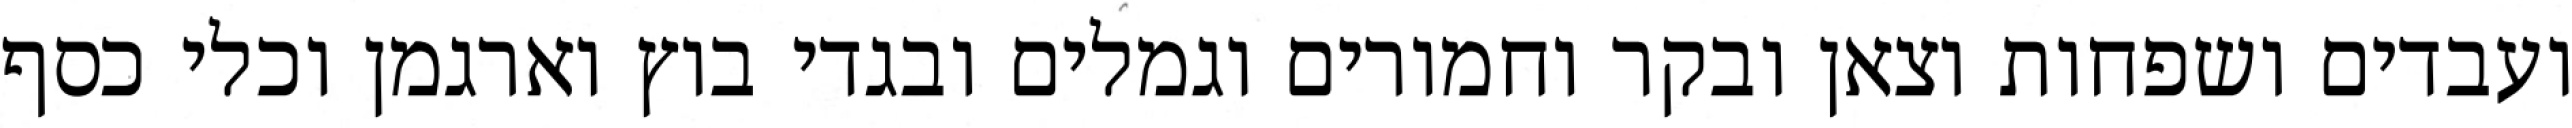
ועבדים ושפחות וצאן ובקר וחמורים וגמלים ובגדי בוץ וארגמן וכלי כסף